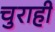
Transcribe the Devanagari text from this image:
चुराही